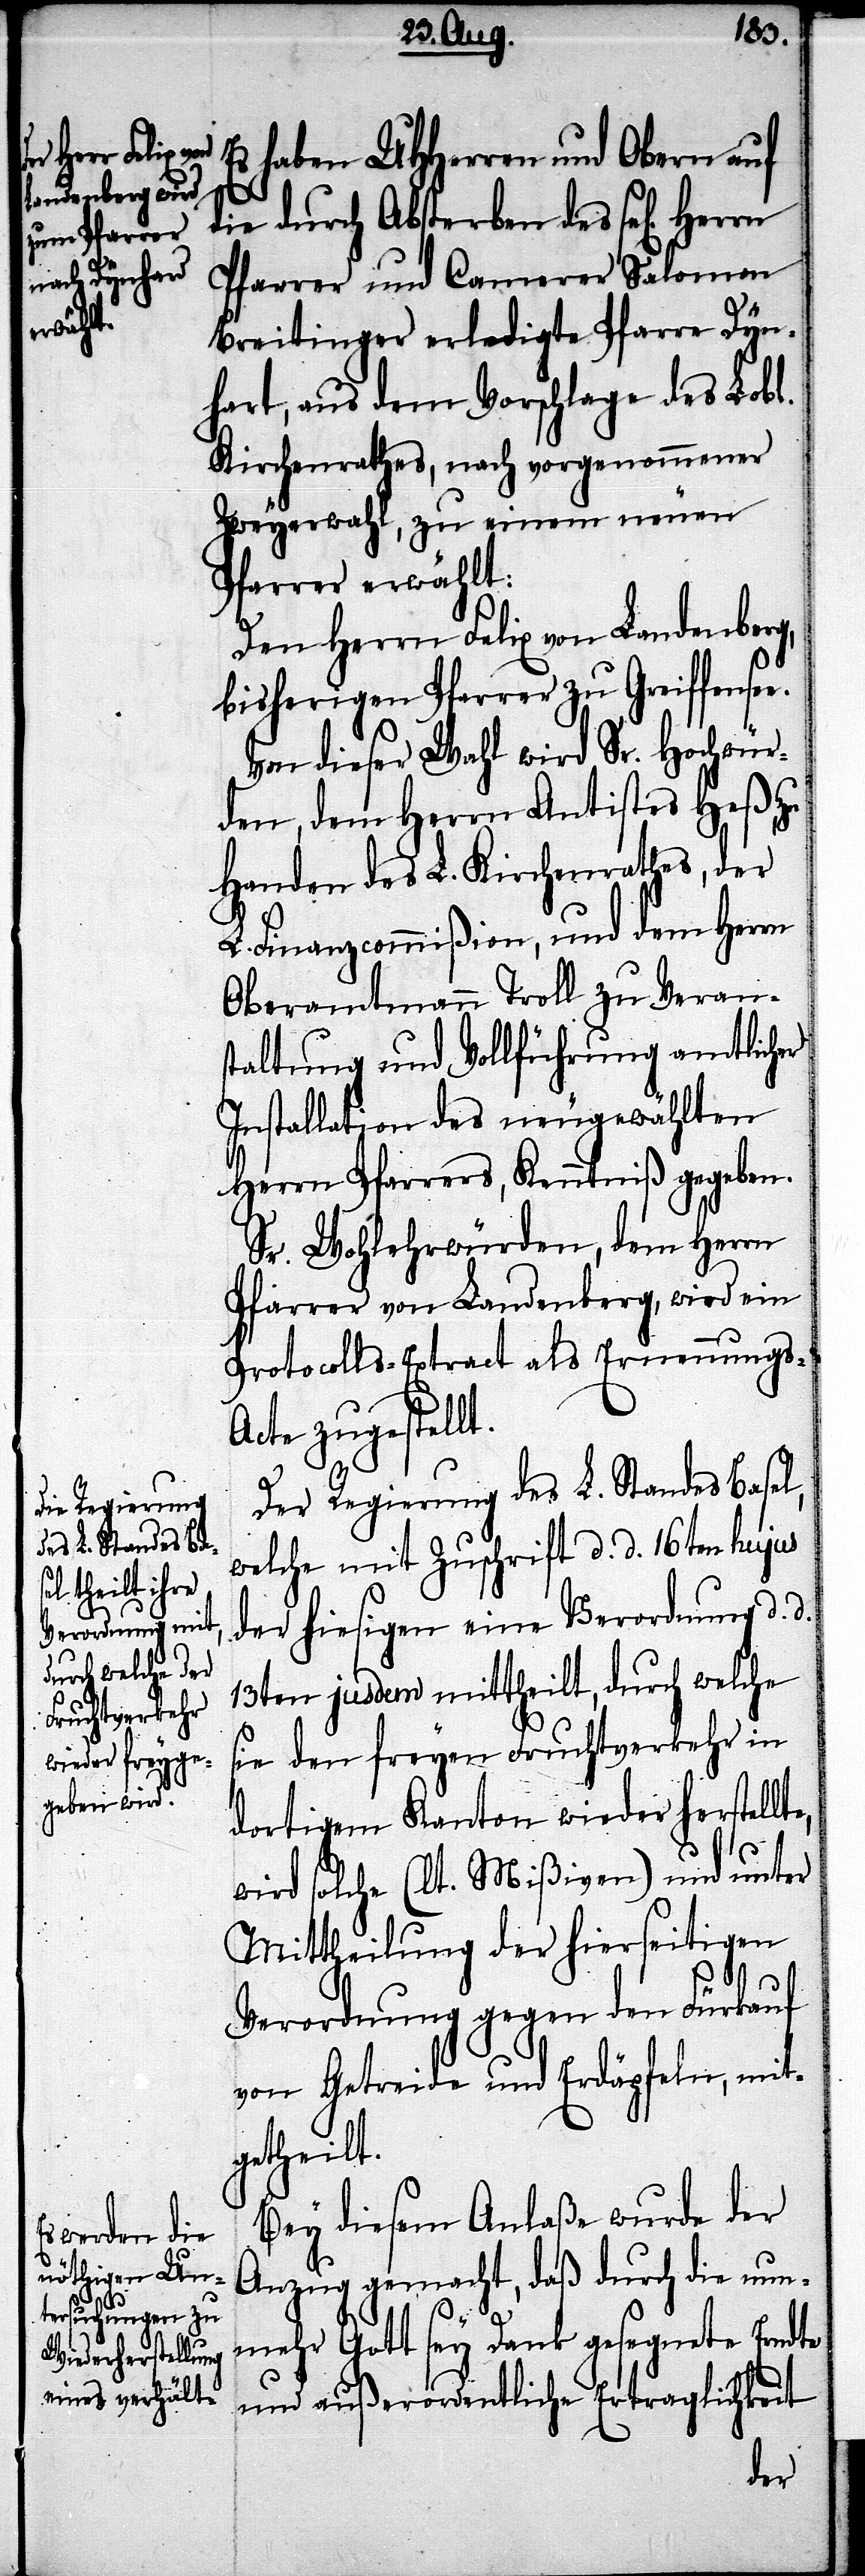
ellte,
d.

Es haben UHHerren und Obern auf
die durch Absterben des sel[igen]
Pfarrer und Camerer Salomon
Breitinger erledigte Pfarre Dyn¬
aus dem Vorschlage des Lobl.
Kirchenrathes, nach vorgenommener
Zweyerwahl, zu einem neuen
Pfarrer erwählt:
Den Herrn Felix von Landenberg,
bisherigen Pfarrer zu Greiffensee.
Von dieser Wahl wird Sr. Hochwür¬
den, dem Herrn Antistes Heß, zu
Handen des L. Kirchenrathes, der
L. Finanzcommißion, und dem Herrn
Oberamtmann Troll zu Verans¬
taltung und Vollführung amtlicher
Installation des neugewählten
Herrn Pfarrers, Kenntniß gegeben.
Sr. Wohlehrwürden, dem Herrn
Pfarrer von Landenberg, wird ein
Protocolls-Extract als Ernennungs-A¬
cte zugestellt.
Der Regierung des L. Standes Basel,
welche mit Zuschrift d. d. 16ten hujus
der hiesigen eine Verordnung d.
13ten [e]jusdem mittheilt, durch welche
sie den freyen Fruchtverkehr in
dortigem Kanton wieder fortst¬
wird solche (lt. Mißiven) und unter
Mittheilung der hierseitigen
Verordnung gegen den Fürkauf
von Getreide und Erdäpfeln, mit¬
getheilt.
Bey diesem Anlaße wurde der
Anzug gemacht, daß durch die nu¬
nmehr Gott sey Dank gesegnete Erndte
und außerordentliche Ertraglichkeit